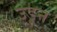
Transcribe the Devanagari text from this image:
उडू्न